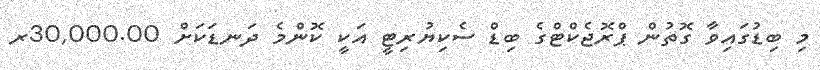
މި ބިޑުގައިވާ ގޮތުން ޕްރޮޖެކްޓްގެ ބިޑް ސެކިޔުރިޓީ އަކީ ކޮންމެ ދަނޑަކަށް 30